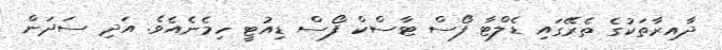
ދާއިރާތަކުގެ ތެރޭގައި ޑެލްޓާ ފޯސް ޓާސްކް ފޯސް ޑިއުޓީ ހިމެނެއެވެ. އަދި ސަދަން